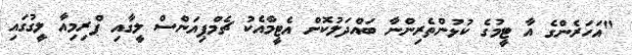
"އަހަރެންގެ އާ ޓީމުގެ ކުޅުންތެރިންނާ ބައްދަލުކޮށް އެޓީމާއެކު ޗެމްޕިއަންސް ލީގާއި ޕްރިމިއާ ލީގުގައި